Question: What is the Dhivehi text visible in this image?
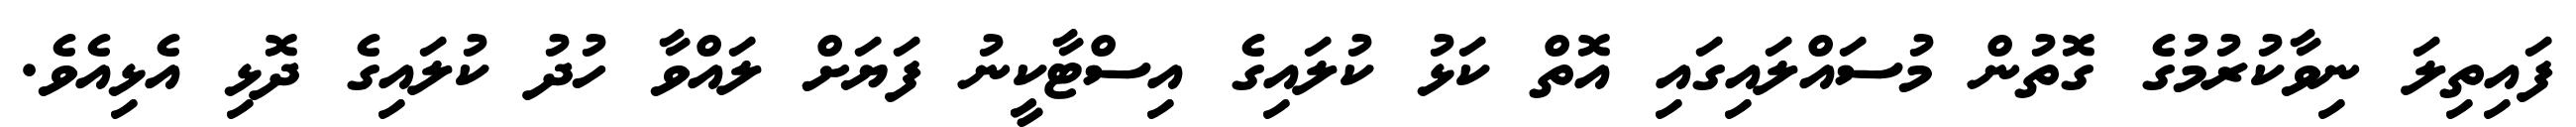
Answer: ފައިތިލަ ނިވާކުރުމުގެ ގޮތުން މުސައްލައިގައި އޮތް ކަޅު ކުލައިގެ އިސްޓާކީނު ފަޔަށް ލައްވާ ހުދު ކުލައިގެ ދޮޅި އެޅިއެވެ.